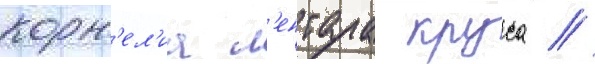
корн'ел'иа л'ентула круса //